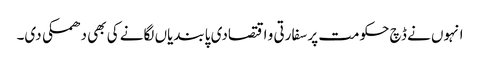
انہوں نے ڈچ حکومت پر سفارتی و اقتصادی پابندیاں لگانے کی بھی دھمکی دی۔